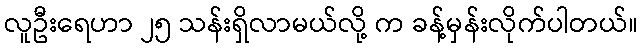
လူဦးရေဟာ ၂၅ သန်းရှိလာမယ်လို့ က ခန့်မှန်းလိုက်ပါတယ်။